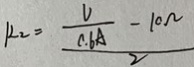
k _ { 2 } = \frac { \frac { V } { 0 . 6 A } - 1 0 \Omega } { 2 }